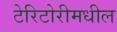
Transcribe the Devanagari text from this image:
टेरिटोरीमधील